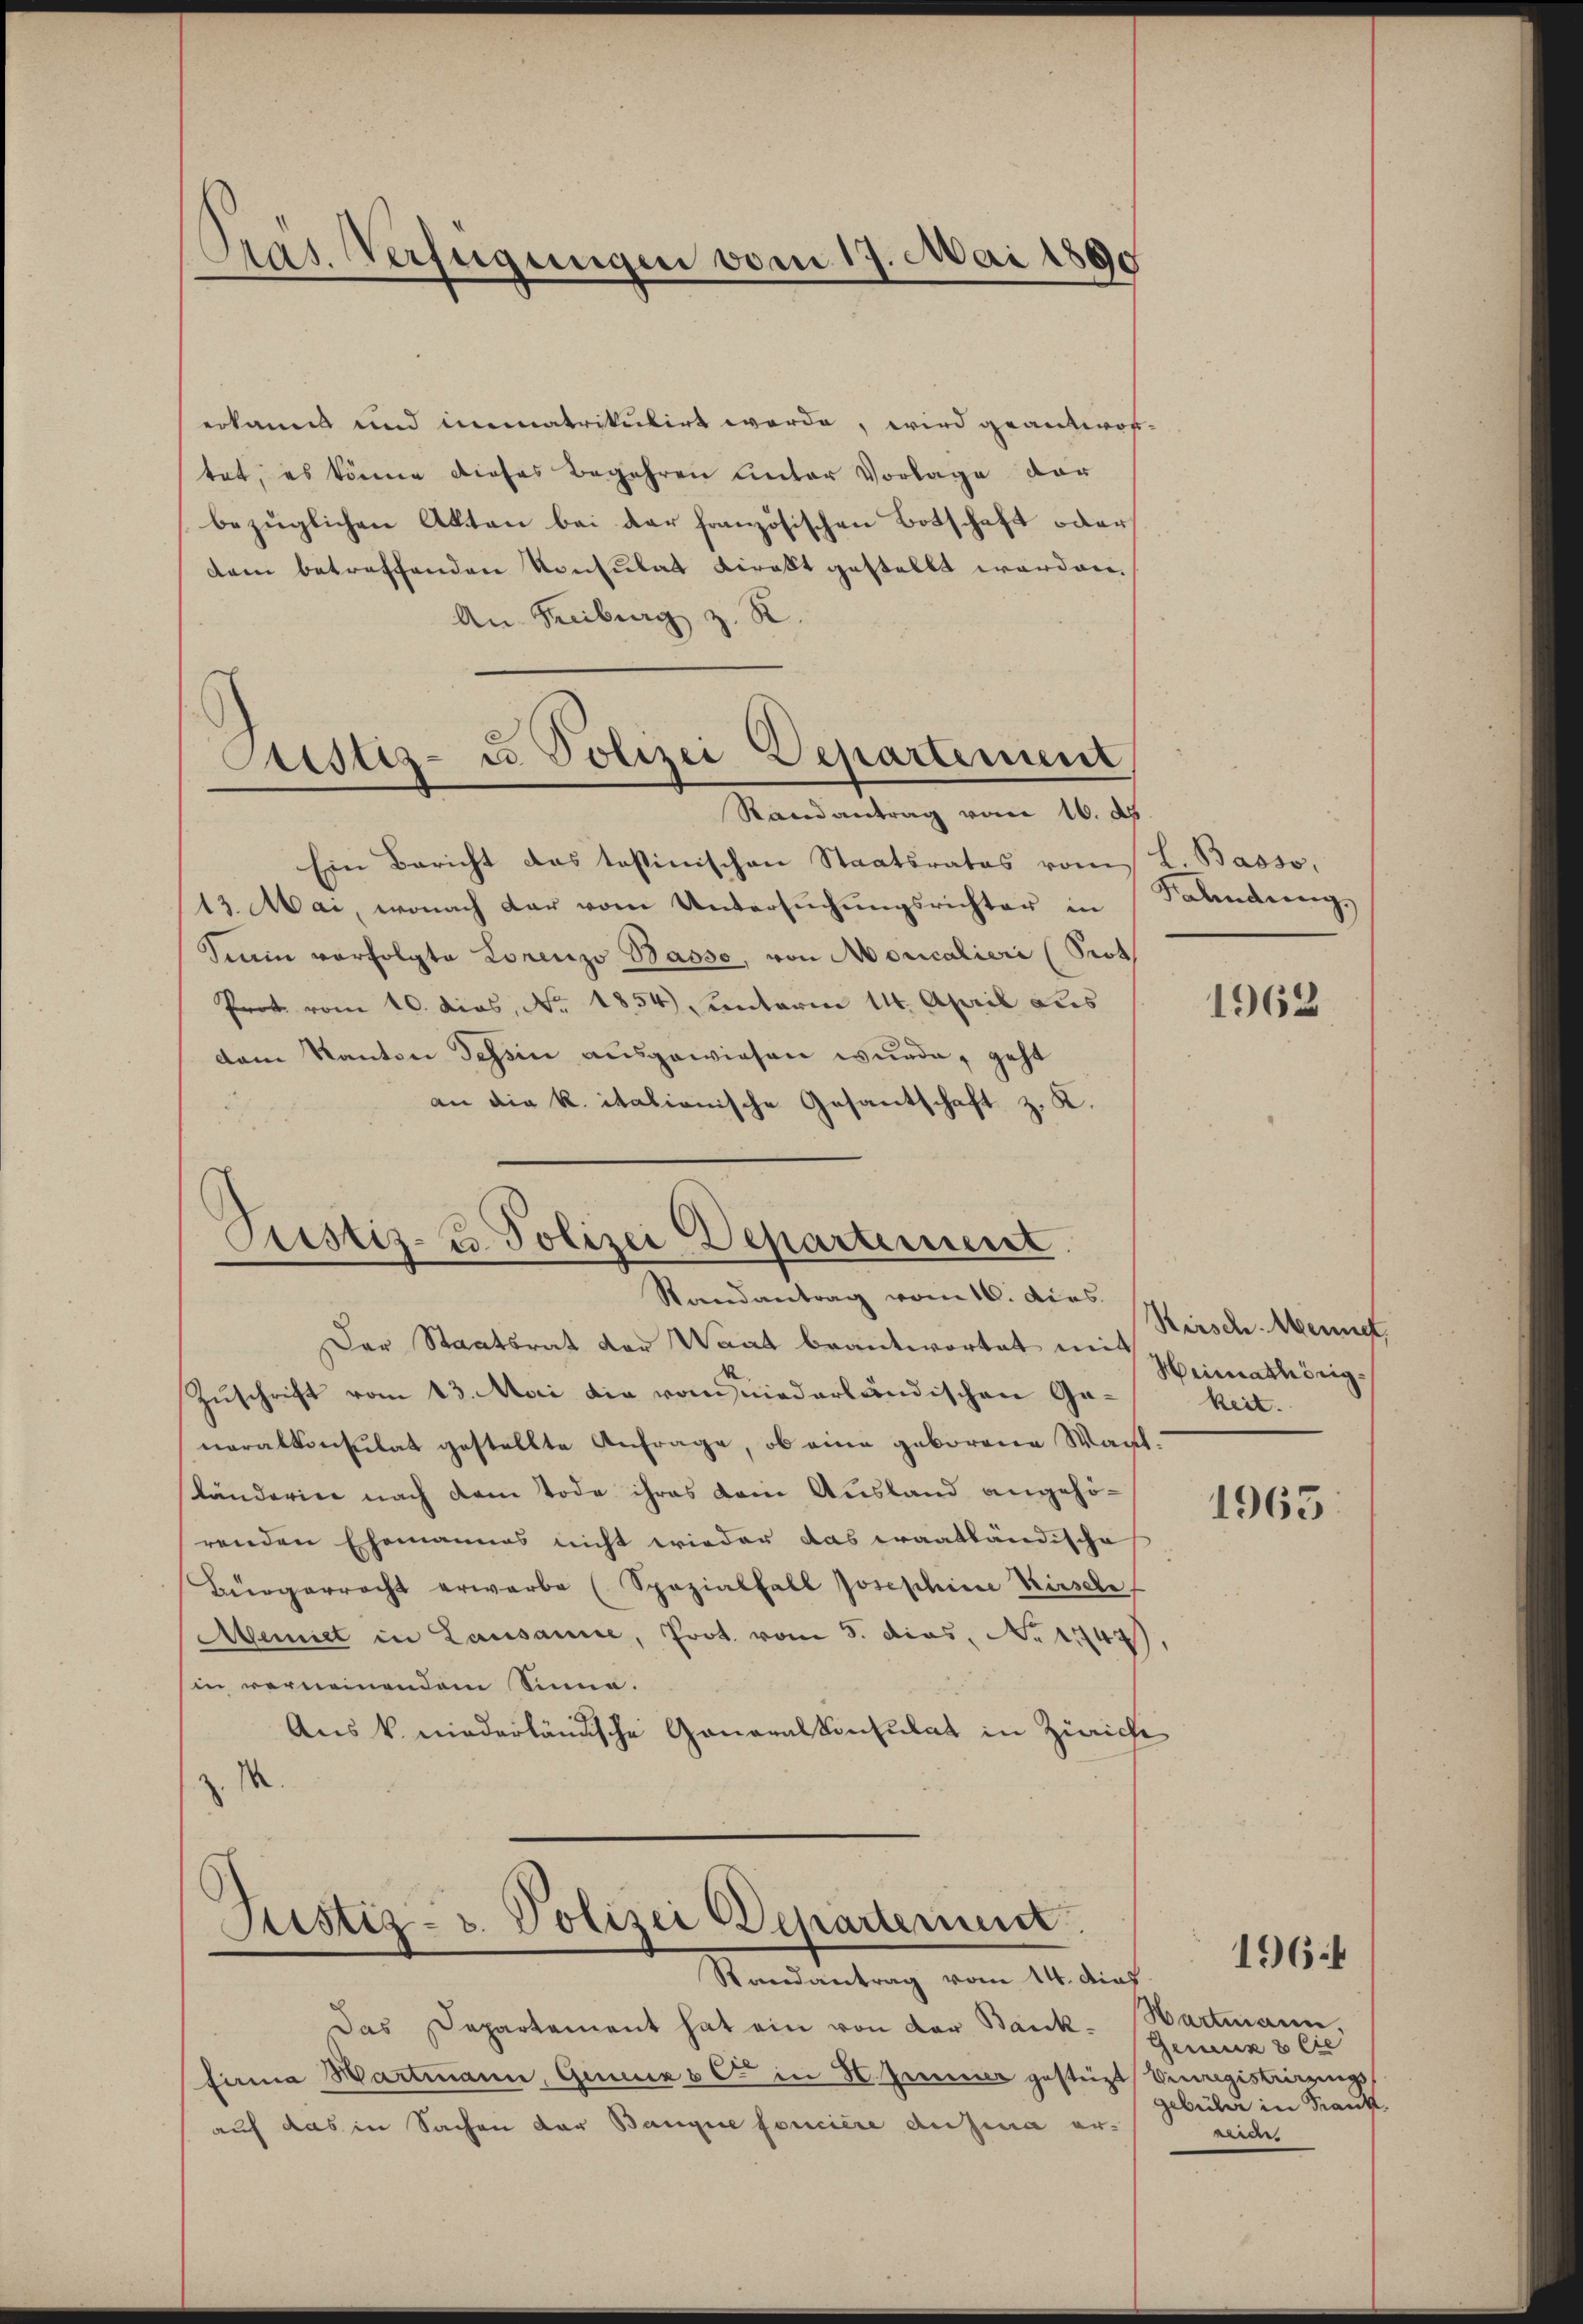
erkannt und immatrikulirt werde, wird geantwortet, es könne dieses Begehren unter Vorlage vor
bezüglichen Akten bei der französischen Botschaft oder
dem betreffenden Konsulat direkt gestellt worden.
An Freiburg z. R.

Pras. Verfügungen vom 17. Mai 1890

Atistiz- u. Polizei Departement
Randantrag vom 16. ds

Ein Bericht das testinischen Staatsrates vom
13. Mai, wonach dar vom Untersuchungsrichter in
Sinin verfolgte Lorenzo Basso, von Moricalieri (Prot
Prot vom 10. dies, No. 1854 unterm 14. April aus
dem Kanton Tessin ausgewiesen wurde, geht
an die k. italionische Gesantschaft z. K.
.

Pustiz- & Polizei Departement
Randantrag vom 16. dies. Hirsch. Mengt,

Der Staatsrat der Waat beantwortet mit
Zuschrift vom 13. Mai die von niederländischen Generalkonsulat gestellte Anfrage, ob eine geborene Wacht.
länderin nach dem Tode ihres dem Ausland angehö-
renden Ehemannes nicht wieder das Fraatländische
Bürgerrecht erwarbe (Spozialfall Josephine Kirschr
Aemiet in Lausanne, Prot. vom 5. dies, No 1447).
in verneinendem Sinne.
Aus k. niederländische Generalkonsulat in Zürich
z. M.

Justiz- u. Polizei Departement

Randantrag vom 14. dies
Das Departement hat ein von der Bankfinna Wartmann, Gener & C in H. Gener gesteigt Verregistrirungsauf das in Sachen der Banque foncière ausina er-

l. Basso,
Falindung,

1962

Heimathörig.
keit.

1965

Hartmann.
Gemein 2 lie
gebühr in Frank.
Bran

1964